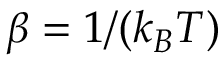
\beta = 1 / ( k _ { B } T )